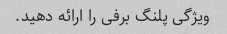
ویژگی پلنگ برفی را ارائه دهید.